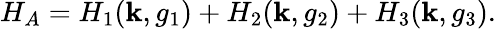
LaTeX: H_{A}=H_{1}({\mathbf k},g_{1})+H_{2}({\mathbf k},g_{2})+H_{3}({\mathbf k},g_{3}).